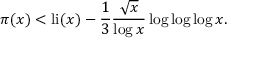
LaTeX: \pi ( x ) < \operatorname { l i } ( x ) - { \frac { 1 } { 3 } } { \frac { \sqrt { x } } { \log x } } \log \log \log x .